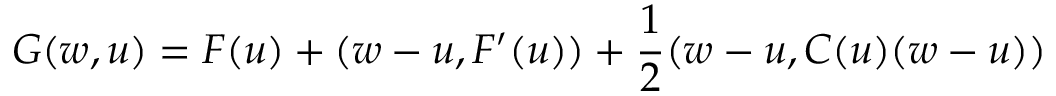
G ( w , u ) = F ( u ) + ( w - u , F ^ { \prime } ( u ) ) + \frac { 1 } { 2 } ( w - u , C ( u ) ( w - u ) )